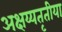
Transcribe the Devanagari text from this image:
अक्षय्यतृतीया